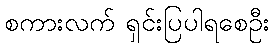
စကားလက် ရှင်းပြပါရစေဦး